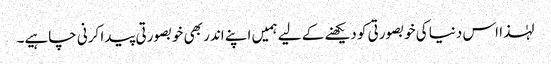
لہٰذا اس دنیا کی خوبصورتی کو دیکھنے کے لیے ہمیں اپنے اندر بھی خوبصورتی پیدا کرنی چاہیے۔